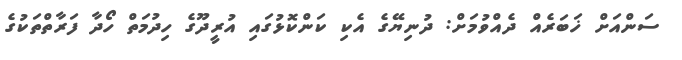
ސަންއަށް ޚަބަރެއް ދެއްވުމަށް: ދުނިޔޭގެ އެކި ކަންކޮޅުގައި އުރީދޫގެ ހިދުމަތް ހޯދާ ފަރާތްތަކުގެ